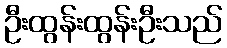
ဦးထွန်းထွန်းဦးသည်